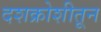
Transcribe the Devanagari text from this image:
दशक्रोशीतून